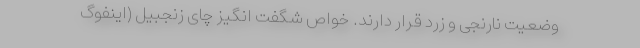
وضعیت نارنجی و زرد قرار دارند. خواص شگفت انگیز چای زنجبیل (اینفوگ